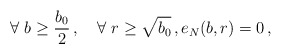
\begin{align*}\forall~b\geq \frac{b_0}2\,,\quad\forall~r\geq \sqrt{b_0}\,,e_N(b,r)=0\,,\end{align*}